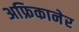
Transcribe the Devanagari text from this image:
अफ्रिकानेर